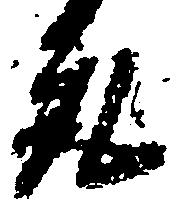
取